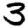
Digit: 3